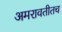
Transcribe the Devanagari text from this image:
अमरावतीतच